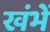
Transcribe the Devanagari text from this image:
खंभें